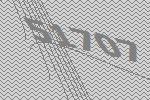
51707